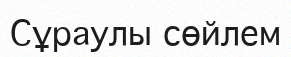
Сұраулы сөйлем